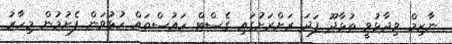
ނާޒިމް ވިދާޅުވީ ތުޅާދޫ ފަދަ ރަށްރަށުގައި ގެސްޓް ހައުސްތައް ހުޅުވަން ފެށުމުން މިހާރު